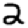
Digit: 2